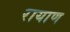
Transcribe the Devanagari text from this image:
रायाण